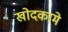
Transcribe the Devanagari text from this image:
खोदकामे